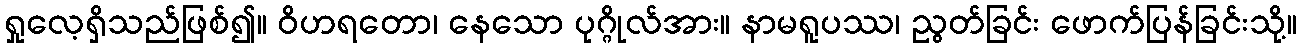
ရှုလေ့ရှိသည်ဖြစ်၍။ ဝိဟရတော၊ နေသော ပုဂ္ဂိုလ်အား။ နာမရူပဿ၊ ညွတ်ခြင်း ဖောက်ပြန်ခြင်းသို့။